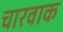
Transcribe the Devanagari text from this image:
चारवाक